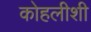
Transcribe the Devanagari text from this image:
कोहलीशी